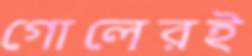
গোলেরই